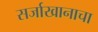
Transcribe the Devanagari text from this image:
सर्जाखानाचा